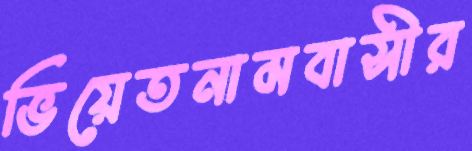
ভিয়েতনামবাসীর